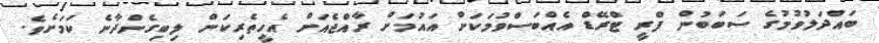
ބައްދަލުވުމުގެ ސަބަބުން ފްރީ ޓްރޭޑް އެއްބަސްވުމަކަށް އައުމަށް ރާއްޖެއަށް އެހީތެރިކަން ލިބިގެންދާނެ ކަމަށެވެ.